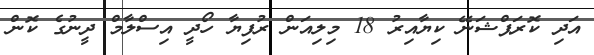
އަދި ކޮރަޕްޝަނޭ ކިޔާއިރު 18 މިލިއަން ރުފިޔާ ހޯދީ އިސްލާމް ދީނުގެ ކޮން